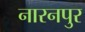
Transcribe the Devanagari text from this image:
नारनपुर